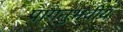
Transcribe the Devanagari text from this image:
प्रागनुभवीय